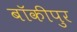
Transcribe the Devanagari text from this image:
बॉकीपुर